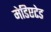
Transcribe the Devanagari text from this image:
मेडिएटेड